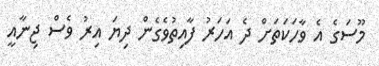
މޫސަގެ އެ ވާހަކަތަށް ދެ އަހަރު ފާއިތުވެގެން ދިޔަ އިރު ވެސް ޖިނާއީ